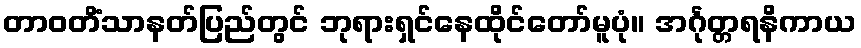
တာဝတိံသာနတ်ပြည်တွင် ဘုရားရှင်နေထိုင်တော်မူပုံ။ အင်္ဂုတ္တရနိကာယ